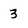
Character: 3